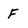
Character: F